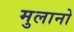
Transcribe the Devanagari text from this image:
मुलानो